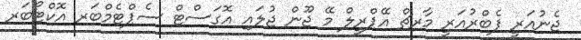
ޖެނުއަރީ ފެބްރުއަރީ މާރޗް އޭޕްރީލް މޭ ޖޫން ޖުލައި އޮގަސްޓް ސެޕްޓެމްބަރ އޮކްޓޯބަރ